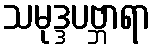
သမုဒ္ဒပဗ္ဘာရာ